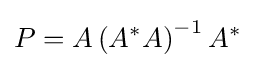
P=A\left(A^{*}A\right)^{-1}A^{*}